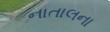
નાતાલના